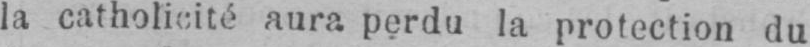
la catholicité aura perdu la protection du